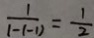
\frac { 1 } { 1 - ( - 1 ) } = \frac { 1 } { 2 }